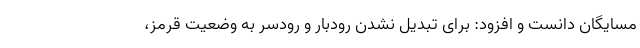
مسایگان دانست و افزود: برای تبدیل نشدن رودبار و رودسر به وضعیت قرمز،